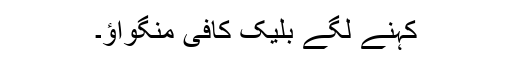
کہنے لگے بلیک کافی منگواؤ۔